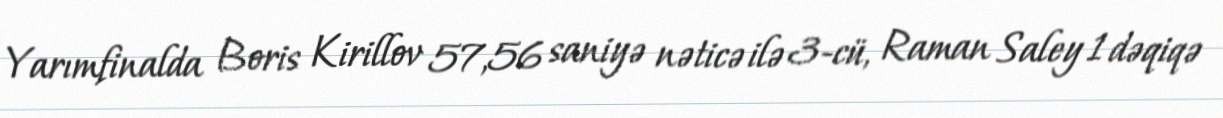
Yarımfinalda Boris Kirillov 57,56 saniyə nəticə ilə 3-cü, Raman Saley 1 dəqiqə